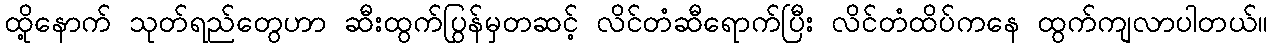
ထို့နောက် သုတ်ရည်တွေဟာ ဆီးထွက်ပြွန်မှတဆင့် လိင်တံဆီရောက်ပြီး လိင်တံထိပ်ကနေ ထွက်ကျလာပါတယ်။